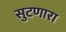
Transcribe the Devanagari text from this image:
सुटणारा